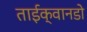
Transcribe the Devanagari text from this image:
ताईक्वानडो